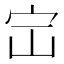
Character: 𪧅